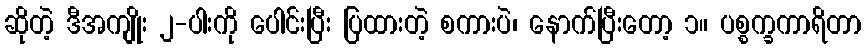
ဆိုတဲ့ ဒီအကျိုး ၂-ပါးကို ပေါင်းပြီး ပြထားတဲ့ စကားပဲ၊ နောက်ပြီးတော့ ၁။ ပစ္စက္ခကာရိတာ